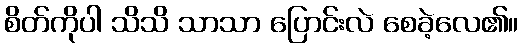
စိတ်ကိုပါ သိသိ သာသာ ပြောင်းလဲ စေခဲ့လေ၏။